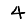
Digit: 4